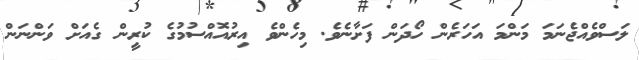
ލަސްވެއްޖެނަމަ މަންމަ އަހަރެން ހޯދަން ފަށާނެވެ. މިހެންވެ އިރުއޮއްސުމުގެ ކުރީން ގެއަށް ވަންނަން